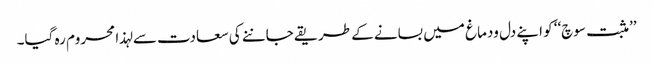
’’مثبت سوچ‘‘ کو اپنے دل ودماغ میں بسانے کے طریقے جاننے کی سعادت سے لہذا محروم رہ گیا۔